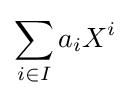
\sum _{i\in I}a_{i}X^{i}